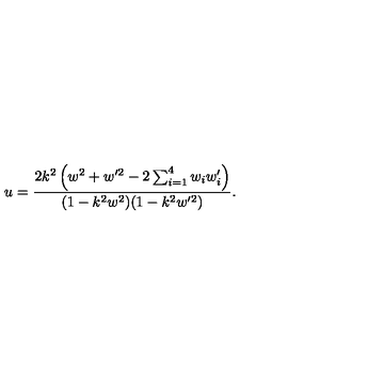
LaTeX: u = \frac { 2 k ^ { 2 } \left( w ^ { 2 } + w ^ { \prime 2 } - 2 \sum _ { i = 1 } ^ { 4 } w _ { i } w _ { i } ^ { \prime } \right) } { ( 1 - k ^ { 2 } w ^ { 2 } ) ( 1 - k ^ { 2 } w ^ { \prime 2 } ) } .